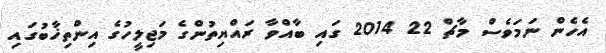
އެހެން ނަމަވެސް މާޗް 22 2014 ގައި ބާއްވާ ރައްޔިތުންގެ މަޖިލީހުގެ އިންތިޚާބުގައި